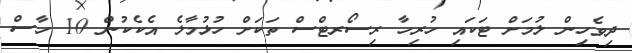
ދިވެހިން ލުމަށް ޓަކައި ހުރިހާ ރިސޯރޓްސް ތަކަށް ހުޅުމާލެ އެކެކުން 10 ހާސް